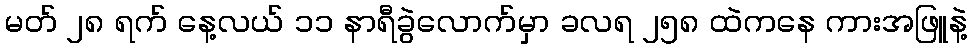
မတ် ၂၈ ရက် နေ့လယ် ၁၁ နာရီခွဲလောက်မှာ ခလရ ၂၅၈ ထဲကနေ ကားအဖြူနဲ့